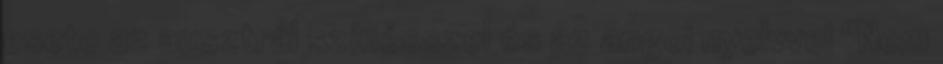
esete az ausztrál színésszel és az angol nyelvvel "Nem